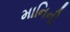
માનિની